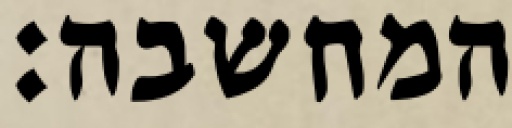
המחשבה: